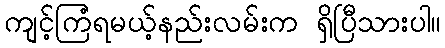
ကျင့်ကြံရမယ့်နည်းလမ်းက ရှိပြီသားပါ။